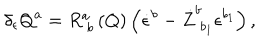
LaTeX: \delta _ { \epsilon } Q ^ { a } = R _ { \; b } ^ { a } \left( Q \right) \left( \dot { \epsilon } ^ { b } - \dot { Z } _ { \; b _ { 1 } } ^ { b } \epsilon ^ { b _ { 1 } } \right) ,